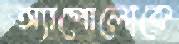
অ্যাপোলোকে